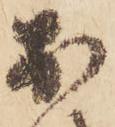
於